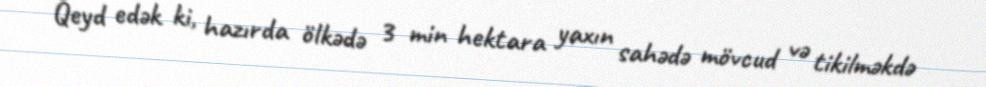
Qeyd edək ki, hazırda ölkədə 3 min hektara yaxın sahədə mövcud və tikilməkdə